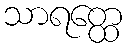
သာရတ္ထေ